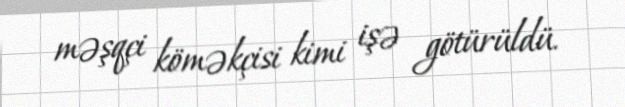
məşqçi köməkçisi kimi işə götürüldü.